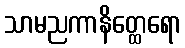
သာမညကာနိတ္ထေရော